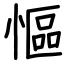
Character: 慪